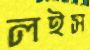
লইস